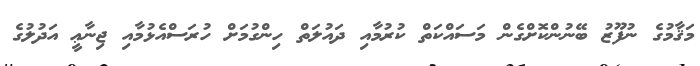
މަޤާމުގެ ނުފޫޒު ބޭނުންކޮށްގެން މަސައްކަތް ކުރުމާއި ދައުލަތް ހިންގުމަށް ހުރަސްއެޅުމާއި ޖިނާޢީ އަދުލުގެ